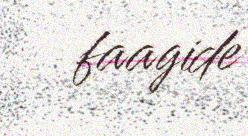
faagide